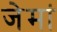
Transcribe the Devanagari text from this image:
जेमां